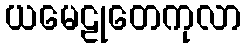
ယမေဠုတေကုလာ